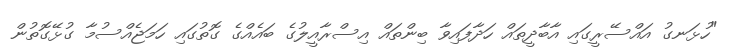
"ހުޅަނގު އައްސޭރީގައި އާބާދީތައް ހަދާފައިވާ ބިންތައް އިސްރާއީލުގެ ބައެއްގެ ގޮތުގައި ހަމަޖެއްސުމާ ގުޅޭގޮތުން